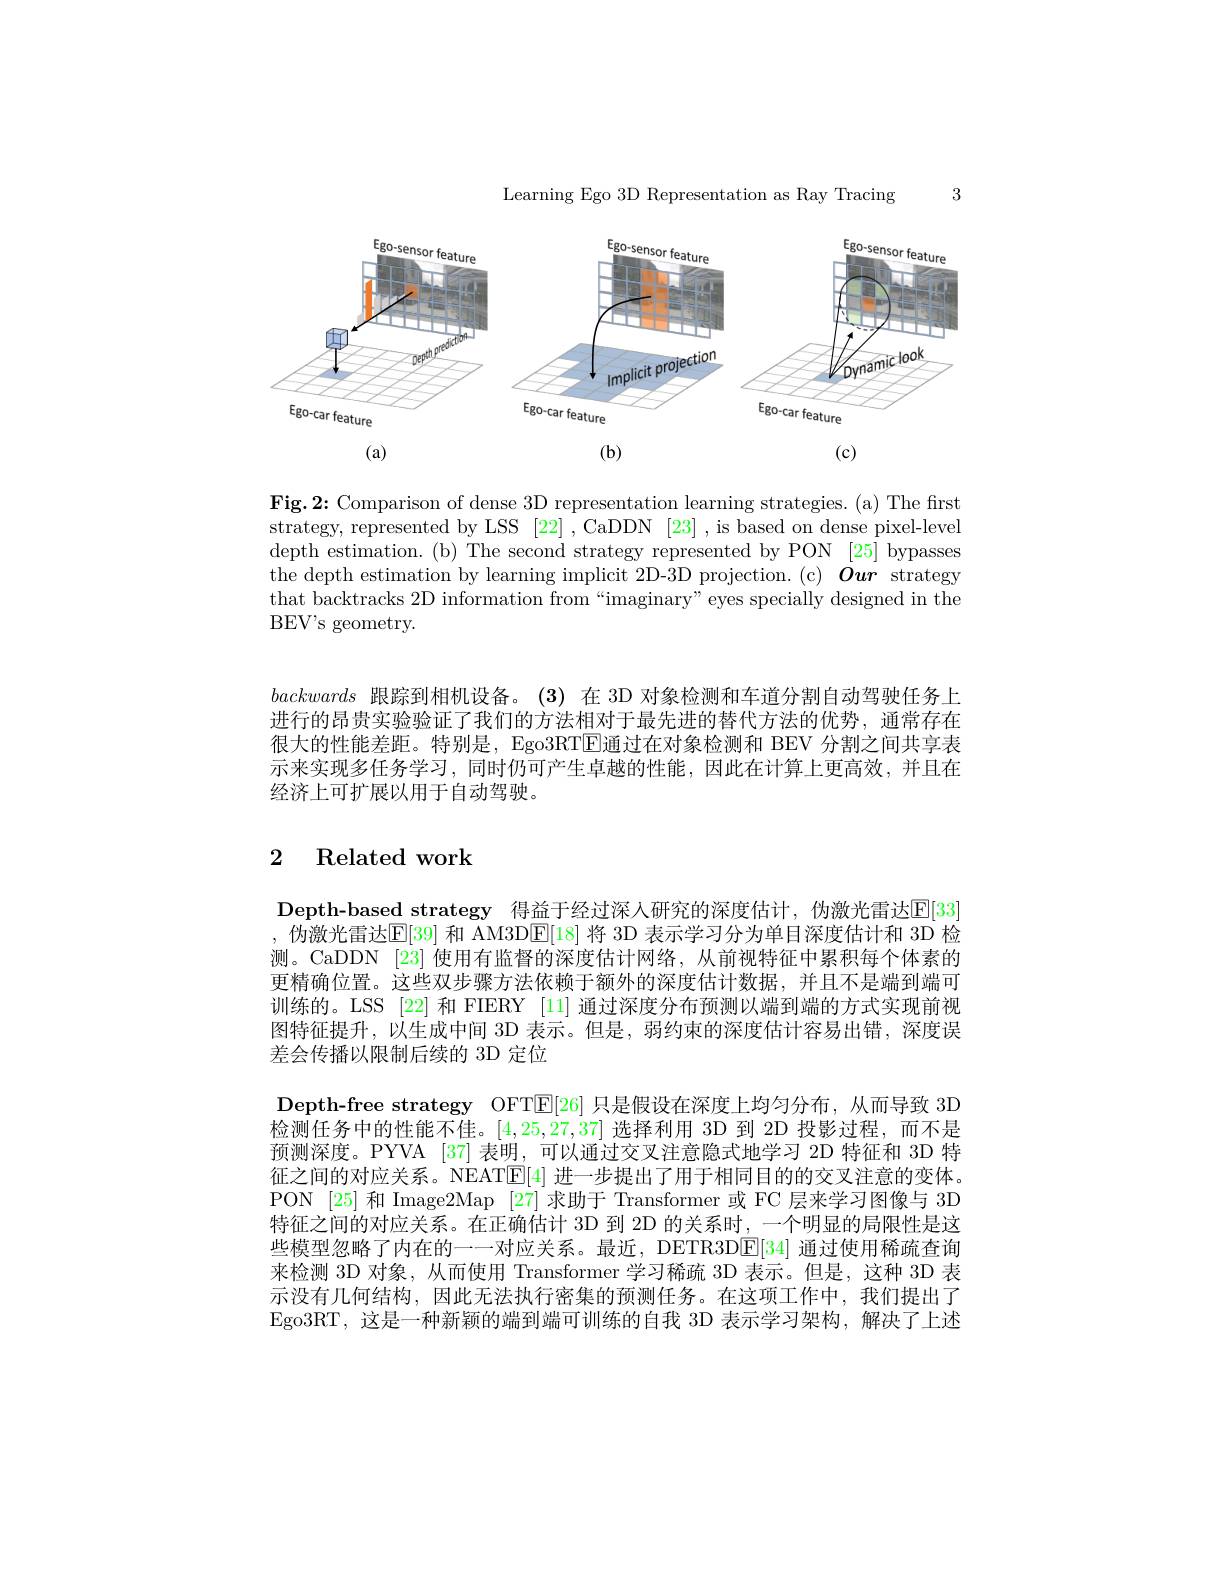
Learning Ego 3D Representation as Ray Tracing

3

<FigureHere>

$(\mathbf{b})$

(c)

(a)

Fig.2: Comparison of dense 3D representation learning strategies. (a) The first strategy, represented by LSS [22] , CaDDN [23] , is based on dense pixel-level depth estimation. (b) The second strategy represented by PON [25] bypasses the depth estimation by learning implicit 2D-3D projection.(c) $\dot{\boldsymbol{Our}}$ strategy that backtracks 2D information from“imaginary”eyes specially designed in the BE$V^{\prime }$s geometry.

backwards跟踪到相机设备。(3)在 3D 对象检测和车道分割自动驾驶任务上进行的昂贵实验验证了我们的方法相对于最先进的替代方法的优势，通常存在很大的性能差距。特别是，Ego3RTE通过在对象检测和 BEV 分割之间共享表示来实现多任务学习，同时仍可产生卓越的性能，因此在计算上更高效，并且在经济上可扩展以用于自动驾驶。

## 2 Related work

Depth-based strategy 得益于经过深人研究的深度估计，伪激光雷达$\mathbb{E}[33]$ ,伪激光雷达$\mathbb{E}[39]$ 和 AM3D$\mathbb{E}[18]$ 将 3D 表示学习分为单目深度估计和 3D 检测。CaDDN [23] 使用有监督的深度估计网络，从前视特征中累积每个体素的更精确位置。这些双步骤方法依赖于额外的深度估计数据，并且不是端到端可训练的。LSS [22] 和 FIERY [11] 通过深度分布预测以端到端的方式实现前视图特征提升，以生成中间 3D 表示。但是，弱约束的深度估计容易出错，深度误差会传播以限制后续的 3D 定位

Depth-free strategy OFT$\mathbb{E}[26]$只是假设在深度上均匀分布，从而导致 3D $\bar{\text{检测任务中的性能不佳。}[4,25,27,37]}$选择利用 3D 到 2D 投影过程，而不是预测深度。PYVA [37] 表明，可以通过交叉注意隐式地学习 2D 特征和 3D 特征之间的对应关系。NEATE[4] 进一步提出了用于相同目的的交叉注意的变体。PON [25] 和 Image2Map [27] 求助于 Transformer 或 FC 层来学习图像与 3D 特征之间的对应关系。在正确估计 3D 到 2D 的关系时，一个明显的局限性是这些模型忽略了内在的一一对应关系。最近，DETR3D$\underline{\mathrm{E}}[34]$通过使用稀疏查询来检测 3D 对象，从而使用 Transformer 学习稀疏 3D 表示。但是，这种 3D 表示没有几何结构，因此无法执行密集的预测任务。在这项工作中，我们提出了Ego3RT,这是一种新颖的端到端可训练的自我 3D 表示学习架构，解决了上述